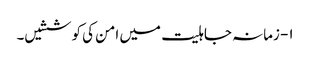
۱- زمانہ جاہلیت میں امن کی کوششیں۔